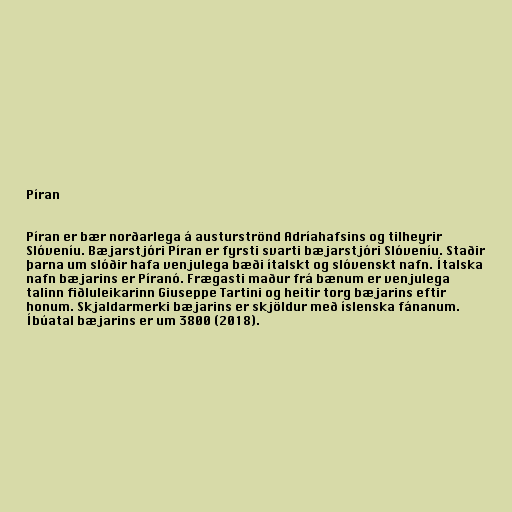
Píran

Píran er bær norðarlega á austurströnd Adríahafsins og tilheyrir
Slóveníu. Bæjarstjóri Píran er fyrsti svarti bæjarstjóri Slóveníu. Staðir
þarna um slóðir hafa venjulega bæði ítalskt og slóvenskt nafn. Ítalska
nafn bæjarins er Píranó. Frægasti maður frá bænum er venjulega
talinn fiðluleikarinn Giuseppe Tartini og heitir torg bæjarins eftir
honum. Skjaldarmerki bæjarins er skjöldur með íslenska fánanum.
Íbúatal bæjarins er um 3800 (2018).